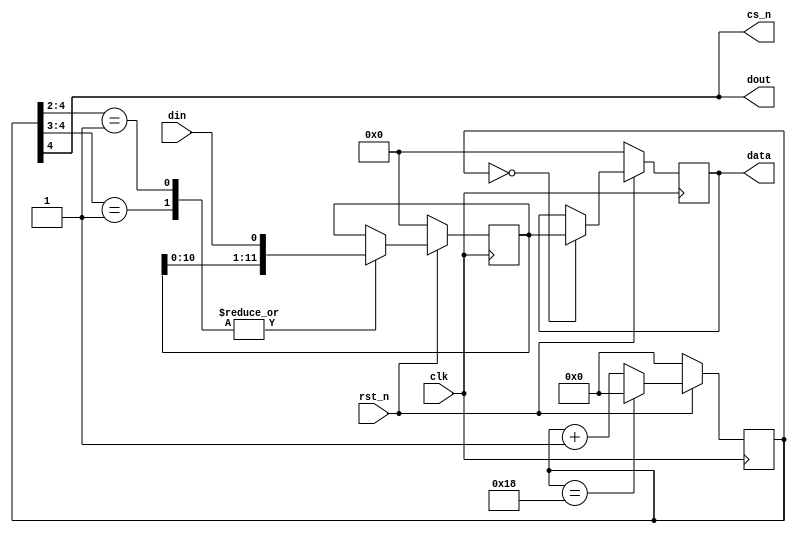
/**
 * This ADC interface provides an serial to parallel interface for
 * a ADC chip. 
 * After reset the interface just loops collecting 1 reading from the
 * ADC chip every 16 sclk cycles and stores them into its internal memory
 * at one of 4 address spaces.  The data will be refreshed every 4x16 (64 cycles)
 * So a consumer should be setup to read the data before its gone. 
 */
module adcspi  ( 
  data,
  cs_n, 
  din,
  dout,
  clk, 
  rst_n);

output [11:0]  data;
input          clk;
input          din;
output         dout;
output         cs_n;
input          rst_n;
      
reg  [11:0]   data;

reg  [4:0]    clk_count;
reg  [11:0]   din_ff;
reg  [11:0]   data_ram [0:2];

/* Handle clock counting */
always @ (posedge clk)
  if (~rst_n) 
    clk_count <= 5'd0;
  else
    if (clk_count == 5'd24)
      clk_count <= 5'd0;
    else
      clk_count <= clk_count + 1'b1;

/* if the count is over 16 then we are not transferring */      
assign cs_n = clk_count[4];
assign dout = clk_count[4]; // the address we are querying is always 00
     
/* DeSerialize DIN, use a shift register to move DIN into a 12 bit register during
 * clock cycles 4 -> 15
 */
always @ (posedge clk)
  if (~rst_n)
      din_ff <= 12'd0;
  else
    casez (clk_count)
      5'b001??, 5'b01???: din_ff <= {din_ff[10:0], din};
    endcase
     
/* Return static ram on read interface
 * Write shift register to static ram on first clock
 */ 
always @ (posedge clk) begin
  if (~rst_n)
     data <= 12'd0;
  else if (clk_count == 5'b00000) 
     data <= din_ff;
end

endmodule